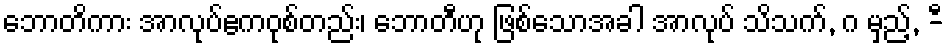
ဘောတိကား အာလုပ်ဧကဝုစ်တည်း၊ ဘောတီဟု ဖြစ်သောအခါ အာလုပ် သိသက်, ဂ မှည့်, -ီ